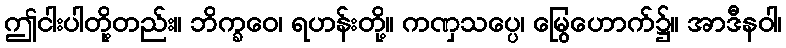
ဤငါးပါတို့တည်း။ ဘိက္ခဝေ၊ ရဟန်းတို့။ ကဏှသပ္ပေ၊ မြွေဟောက်၌။ အာဒီနဝါ၊